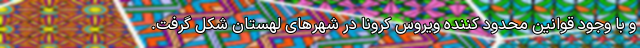
و با وجود قوانین محدود کننده ویروس کرونا در شهرهای لهستان شکل گرفت.